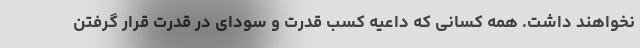
نخواهند داشت. همه کسانی که داعیه کسب قدرت و سودای در قدرت قرار گرفتن